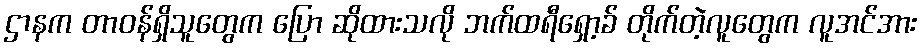
ဌာနက တာဝန်ရှိသူတွေက ပြော ဆိုထားသလို ဘက်ထရီရှော့ခ် တိုက်တဲ့လူတွေက လူအင်အား